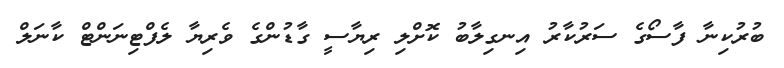
ބުރުކިނާ ފާސޯގެ ސަރުކާރު އިނގިލާބު ކޮށްލި ރިޔާސީ ގާޑުންގެ ވެރިޔާ ލެފްޓިނަންޓް ކާނަލް